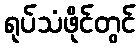
ရုပ်သံဖိုင်တွင်